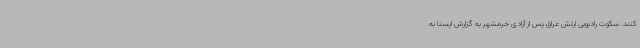
کنند. سکوت رادیویی ارتش عراق پس از آزادی خرمشهر به گزارش ایسنا به